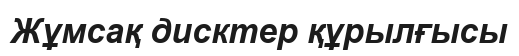
Жұмсақ дисктер құрылғысы